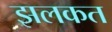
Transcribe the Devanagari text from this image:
झलकत